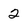
Character: 2